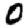
Digit: 0